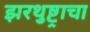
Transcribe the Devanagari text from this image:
झरथुष्ट्राचा